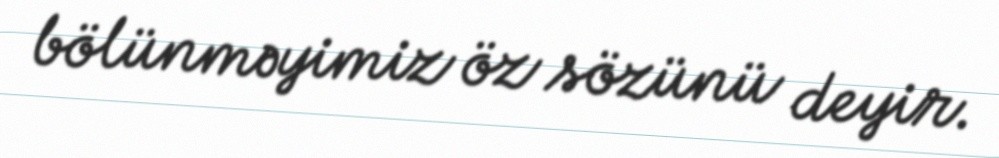
bölünməyimiz öz sözünü deyir.